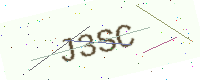
Text: J3SC